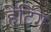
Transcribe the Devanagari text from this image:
हेर्टिग